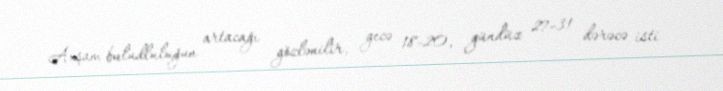
Axşam buludluluğun artacağı gözlənilir, gecə 18-20, gündüz 27-31 dərəcə isti